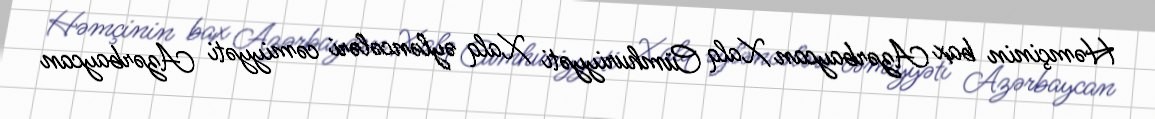
Həmçinin bax Azərbaycan Xalq Cümhuriyyəti Xalq əyləncələri cəmiyyəti Azərbaycan